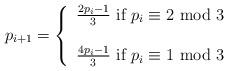
LaTeX: \begin{align*} p_{i+1} = \left \{ \begin{array}{l}\frac{2p_i-1}{3} \mbox{ if } p_i \equiv 2 \mbox{ mod } 3 \\ \\\frac{4p_i-1}{3} \mbox{ if } p_i \equiv 1 \mbox{ mod } 3 \end{array}\right .\end{align*}